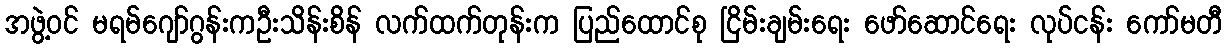
အဖွဲ့ဝင် မရမ်ဂျော်ဂွန်းကဦးသိန်းစိန် လက်ထက်တုန်းက ပြည်ထောင်စု ငြိမ်းချမ်းရေး ဖော်ဆောင်ရေး လုပ်ငန်း ကော်မတီ